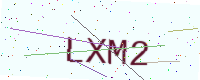
Text: LXM2